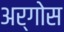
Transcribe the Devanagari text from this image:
अर्गोस